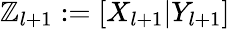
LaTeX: \mathbb{Z}_{l+1}:=[X_{l+1}|Y_{l+1}]